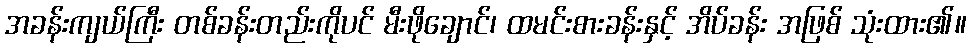
အခန်းကျယ်ကြီး တစ်ခန်းတည်းကိုပင် မီးဖိုချောင်၊ ထမင်းစားခန်းနှင့် အိပ်ခန်း အဖြစ် သုံးထား၏။